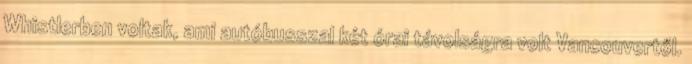
Whistlerben voltak, ami autóbusszal két órai távolságra volt Vancouvertől.